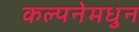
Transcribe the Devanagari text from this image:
कल्पनेमधुन